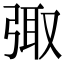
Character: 𪪿